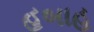
હબાહ